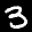
Label: 3